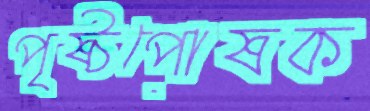
পৃষ্ঠপোষক